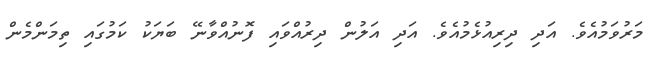
މަރުވަމުއެވެ. އަދި ދިރިއުޅެމުއެވެ. އަދި އަލުން ދިރުއްވައި ފޮނުއްވާނޭ ބަޔަކު ކަމުގައި ތިމަންމެން